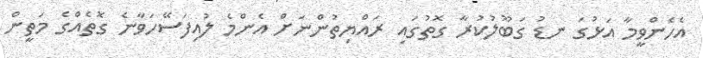
އެހެންވީމާ އަޅުގަ ނޑު ގަބޫލުކުރާ ގޮތުގައި ރައްޔިތުންނަށް އެންމެ ލުއިފަސޭހަވާނެ ގޮތެއްގެ މަތީން